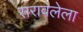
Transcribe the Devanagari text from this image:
सरावलेला